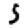
Digit: 5